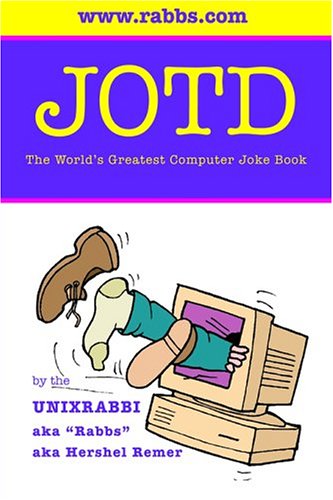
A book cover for JOTD The World's Greatest Computer Joke Book; Hershel Remer; Humor & Entertainment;